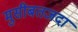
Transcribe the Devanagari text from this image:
मुसीबतजदा